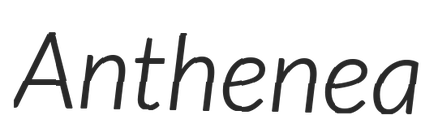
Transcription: Anthenea